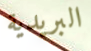
البريدية